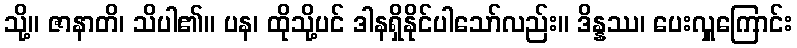
သို့။ ဇာနာတိ၊ သိပါ၏။ ပန၊ ထိုသို့ပင် ဒါနရှိနိုင်ပါသော်လည်း။ ဒိန္နဿ၊ ပေးလှူကြောင်း